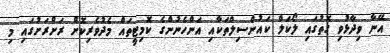
އޭނާ ވިދާޅުވި ގޮތުގައި ލޯކަލް ކައުންސިލްތަކާއި އަންހެނުންގެ ކޮމިޓީތައް މެދުވެރިކޮށް ރަށްރަށުގައި މި